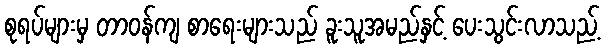
စုရပ်များမှ တာဝန်ကျ စာရေးများသည် ခူးသူအမည်နှင့် ပေးသွင်းလာသည့်